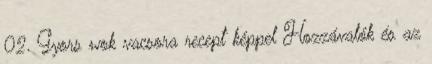
02. Gyors wok vacsora recept képpel Hozzávalók és az